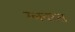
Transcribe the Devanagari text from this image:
ग्लबरस